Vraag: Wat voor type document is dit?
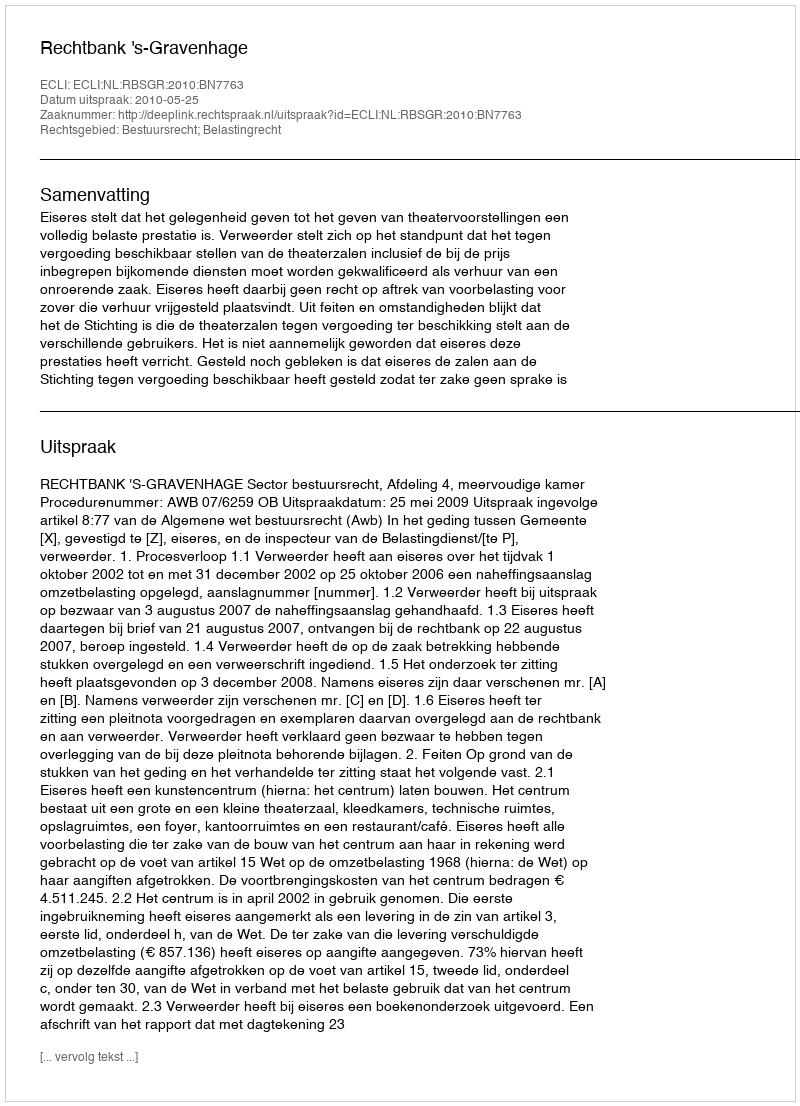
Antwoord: Uitspraak